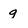
Character: q